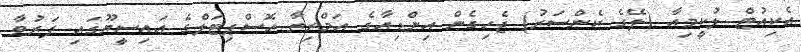
އެކިއުޓް ލުކީމިއާ (ލޭގެ ކެންސަރު) ޖެހިގެން އިންޑިއާގެ އަމްރިތާ ހޮސްޕިޓަލްގެ އައިސީޔޫގައި ފަރުވާ